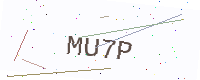
Text: MU7P